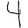
Digit: 4